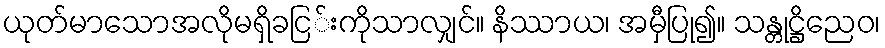
ယုတ်မာသောအလိုမရှိခငြ်းကိုသာလျှင်။ နိဿာယ၊ အမှီပြု၍။ သန္တုဋ္ဌိညေဝ၊